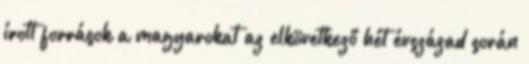
írott források a magyarokat az elkövetkező hét évszázad során